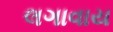
લગાવાય